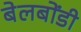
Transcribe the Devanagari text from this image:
बेलबोंडी